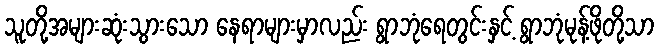
သူတို့အများဆုံးသွားသော နေရာများမှာလည်း ရွာဘုံရေတွင်းနှင့် ရွာဘုံမုန့်ဖိုတို့သာ